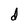
Character: d